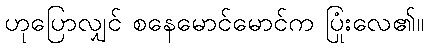
ဟုပြောလျှင် စနေမောင်မောင်က ပြုံးလေ၏။